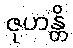
ဇုဟန္တိ